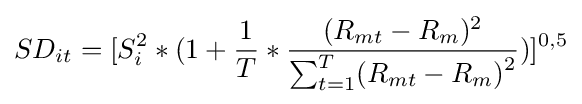
SD_{it}=[S_{i}^{2}*(1+{\frac {1}{T}}*{\frac {(R_{mt}-R_{m})^{2}}{\textstyle \sum _{t=1}^{T}\displaystyle (R_{mt}-R_{m})^{2}}})]^{0,5}